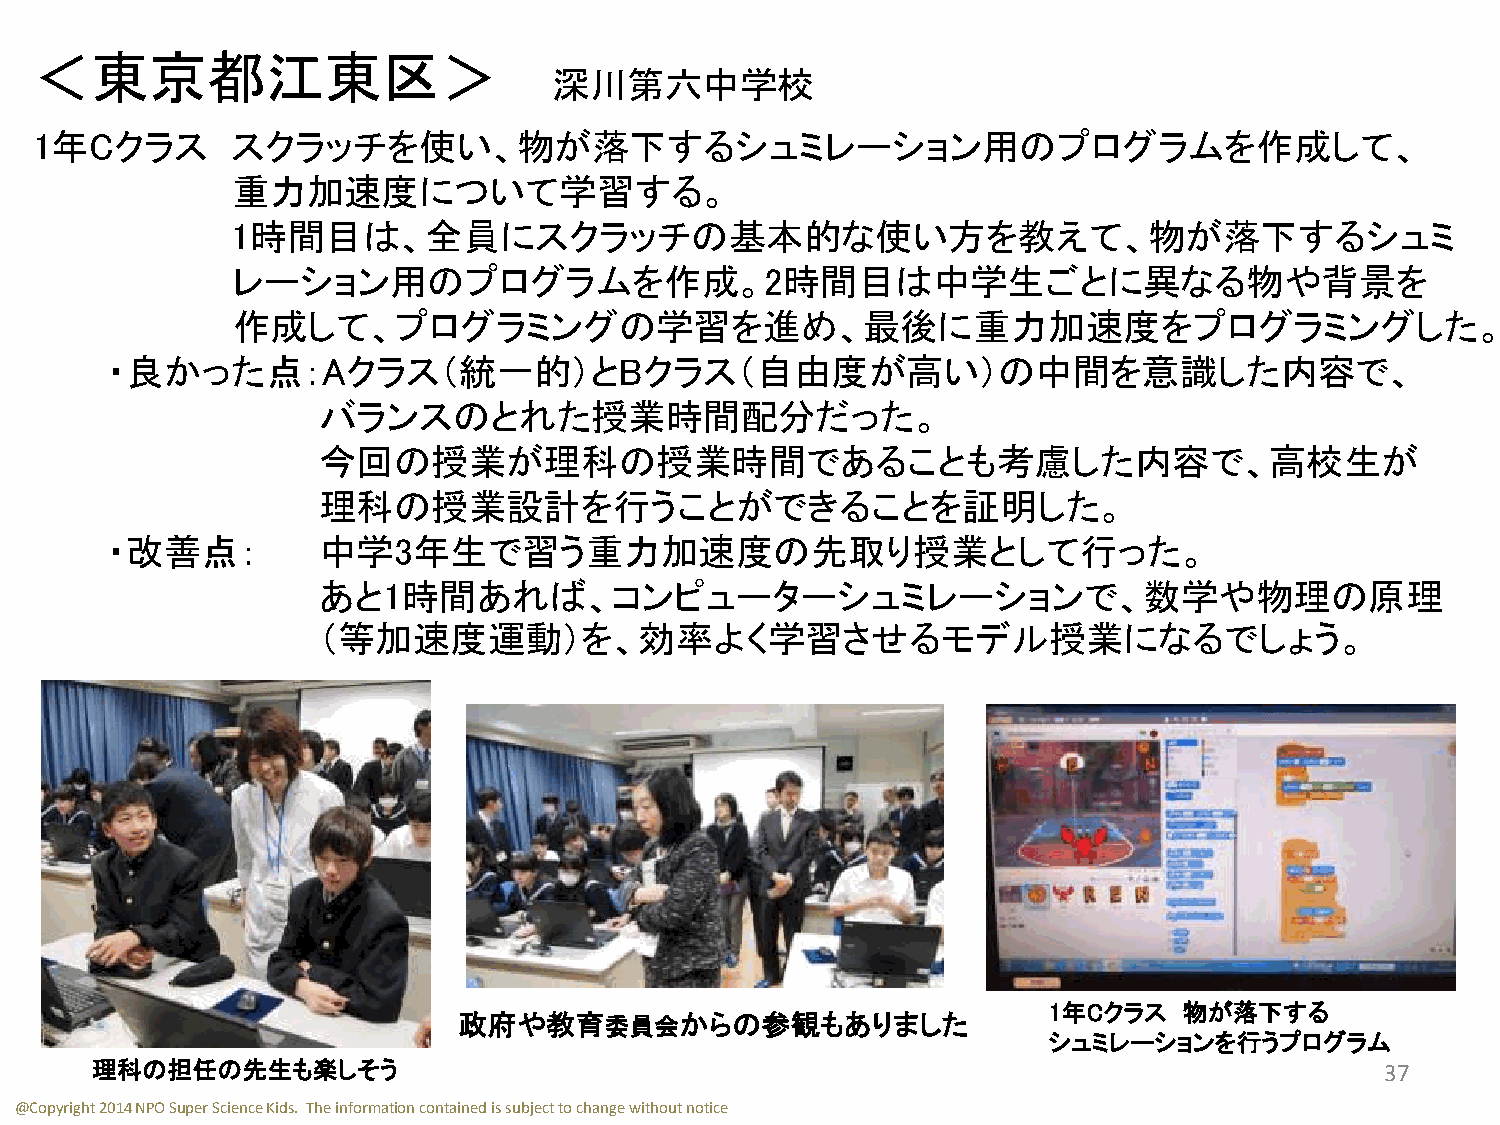
＜東京都江東区＞
 深川第六中学校
 1年Cクラス       スクラッチを使い、物が落下するシュミレーション用のプログラムを作成して、
 重力加速度について学習する。
 1時間目は、全員にスクラッチの基本的な使い方を教えて、物が落下するシュミ
 レーション用のプログラムを作成。2時間目は中学生ごとに異なる物や背景を
 作成して、プログラミングの学習を進め、最後に重力加速度をプログラミングした。
 ・良かった点：Aクラス（統一的）とBクラス（自由度が高い）の中間を意識した内容で、
 バランスのとれた授業時間配分だった。
 今回の授業が理科の授業時間であることも考慮した内容で、高校生が
 理科の授業設計を行うことができることを証明した。
 ・改善点：         中学3年生で習う重力加速度の先取り授業として行った。
 あと1時間あれば、コンピューターシュミレーションで、数学や物理の原理
 （等加速度運動）を、効率よく学習させるモデル授業になるでしょう。
 1年Cクラス   物が落下する
 政府や教育委員会からの参観もありました
 シュミレーションを行うプログラム
 理科の担任の先生も楽しそう                                                                         37
 @Copyright 2014 NPO Super Science Kids. The information contained is subject to change without notice